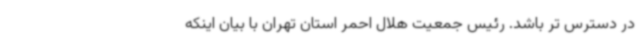
در دسترس تر باشد. رئیس جمعیت هلال احمر استان تهران با بیان اینکه